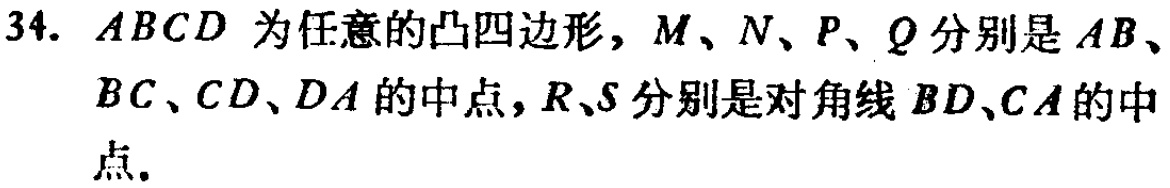
$34.\ ABCD$为任意的凸四边形，$M、N、P、Q$分别是$AB、BC、CD、DA$的中点，$R、S$分别是对角线$BD、CA$的中点.